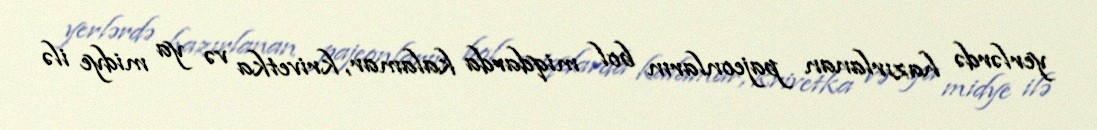
yerlərdə hazırlanan pajeonların bol miqdarda kalamar, krivetka və ya midye ilə